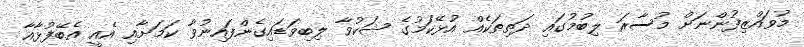
މުވައްޒިފުންނަށް މުސާރަ ލިބުމުގައި ދަތިތަކެއް އުޅޭކަމުގެ ޝަކުވާ ލިބިވަޑައިގެންފައިނުވާ ކަމަށާއި އެއީ އެބޭފުޅާއާ